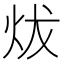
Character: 炦